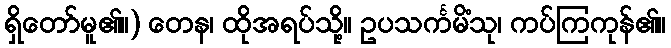
ရှိတော်မူ၏။) တေန၊ ထိုအရပ်သို့။ ဥပသင်္ကမိံသု၊ ကပ်ကြကုန်၏။